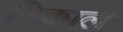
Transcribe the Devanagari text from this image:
निकाल